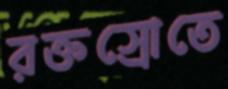
রক্তস্রোতে